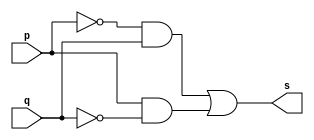
// ---------------------
// Exemplo 05_06 - xor
// Nome: xxx yyy zzz
// ---------------------

// ---------------------
// -- xor gate
// ---------------------

module xorgate (s, p, q);
 output s;
 input  p, q;
 wire   temp1, temp2, 
        temp3, temp4;

 not NOT1 ( temp3, p );
 not NOT2 ( temp4, q );
 and AND1 ( temp1, temp3,   q   );
 and AND2 ( temp2,   p  , temp4 );
 or  OR1  (     s, temp1, temp2 );

endmodule // xor

// ---------------------
// -- test xorgate
// ---------------------

module testxorgate;
 reg   [0:1] a;
 wire  s;
          // instancia
 xorgate XOR1 (s, a[0], a[1]);

 initial begin:start
      a[0]=0; a[1]=0;
 end

          // parte principal
 initial begin:main
      $display("Exemplo 05_06 - xxx yyy zzz - 999999");
      $display("Test xor gate");
      $display("\na ^ b = s\n");
      $monitor("%b ^ %b = %b", a[0], a[1], s);
  #1  a[0]=0; a[1]=1;
  #1  a[0]=1; a[1]=0;
  #1  a[0]=1; a[1]=1;

 end

endmodule // testxorgate